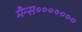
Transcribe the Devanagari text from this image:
मैन्स॰॰॰॰॰॰॰